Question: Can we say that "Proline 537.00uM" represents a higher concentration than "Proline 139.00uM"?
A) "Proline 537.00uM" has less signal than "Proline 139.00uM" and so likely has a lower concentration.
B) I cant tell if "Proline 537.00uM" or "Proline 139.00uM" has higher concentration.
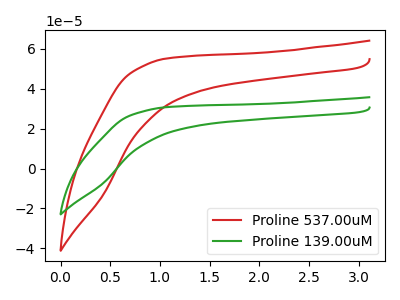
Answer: <think>The red curve "Proline 537.00uM" has no peaks. The green curve "Proline 139.00uM" has no peaks.
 Neither "Proline 537.00uM" or "Proline 139.00uM" have any peaks.</think>
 <answer>B) I cant tell if "Proline 537.00uM" or "Proline 139.00uM" has higher concentration.</answer>
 <eval>B</eval>